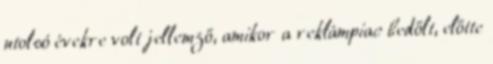
utolsó évekre volt jellemző, amikor a reklámpiac bedőlt, előtte